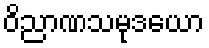
ဝိညာဏသမုဒယော